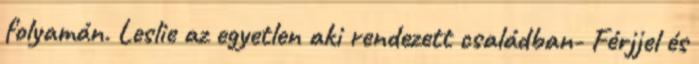
folyamán. Leslie az egyetlen aki rendezett családban- Férjjel és